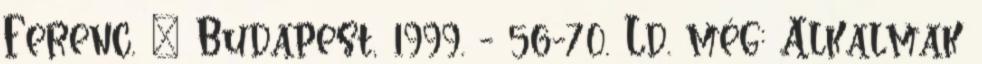
Ferenc. – Budapest, 1999. - 56-70. Ld. még: Alkalmak